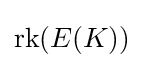
{\text{rk}}(E(K))